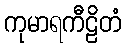
ကုမာရကီဠိတံ